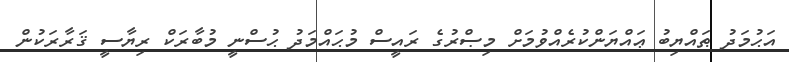
އަޙުމަދު ޠައްޔިބު ޢައްޔަންކުރެއްވުމަށް މިޞްރުގެ ރައީސް މުޙައްމަދު ޙުސްނީ މުބާރަކް ރިޔާސީ ޤަރާރަކުން